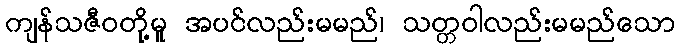
ကျန်သဇီဝတို့မူ အပင်လည်းမမည်၊ သတ္တဝါလည်းမမည်သော